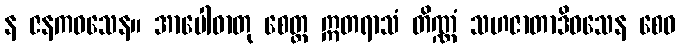
န ဇနကဝသေန။ အာပေါဓာတု စေတ္ထ ဣတရာသံ တိဏ္ဏံ သဟဇာတာဒိဝသေန စေဝ